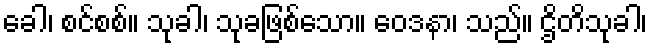
ခေါ၊ စင်စစ်။ သုခါ၊ သုခဖြစ်သော။ ဝေဒနာ၊ သည်။ ဌိတိသုခါ၊